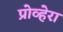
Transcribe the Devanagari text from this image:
प्रोव्हेरा